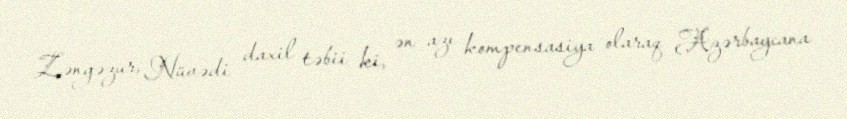
Zəngəzur, Nüvədi daxil təbii ki, ən azı kompensasiya olaraq Azərbaycana